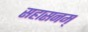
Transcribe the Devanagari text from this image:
सहासनम्